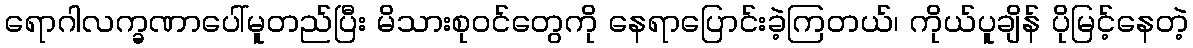
ရောဂါလက္ခဏာပေါ်မူတည်ပြီး မိသားစုဝင်တွေကို နေရာပြောင်းခဲ့ကြတယ်၊ ကိုယ်ပူချိန် ပိုမြင့်နေတဲ့